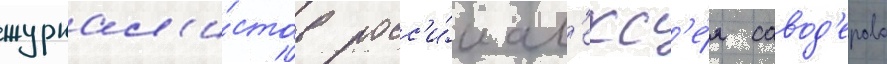
журнал'и́стов росс'и́и ал'екс'е́я савод'ерова